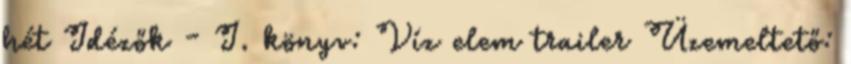
hét Idézők - I. könyv: Víz elem trailer Üzemeltető: